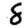
Digit: 8